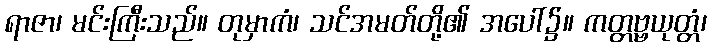
ရာဇာ၊ မင်းကြီးသည်။ တုမှာကံ၊ သင်အမတ်တို့၏ အပေါ်၌။ ကတ္တဗ္ဗယုတ္တံ၊